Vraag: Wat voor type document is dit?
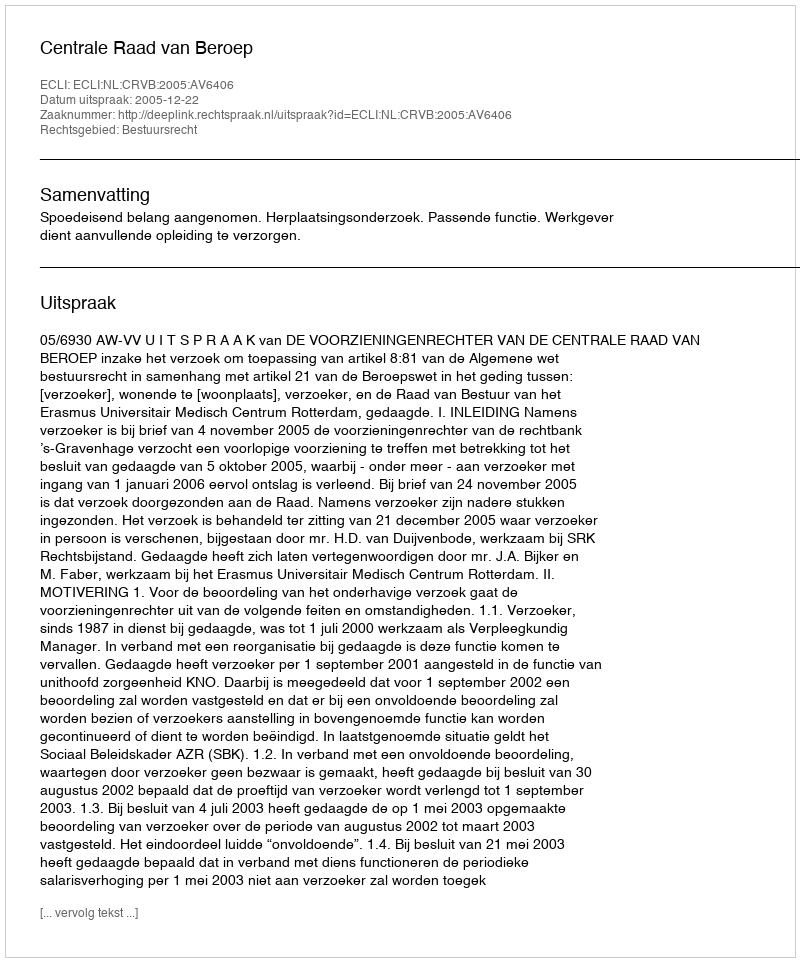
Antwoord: Uitspraak